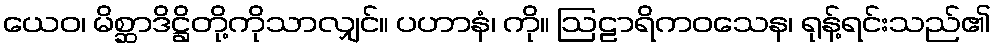
ယေဝ၊ မိစ္ဆာဒိဋ္ဌိတို့ကိုသာလျှင်။ ပဟာနံ၊ ကို။ ဩဠာရိကဝသေန၊ ရုန့်ရင်းသည်၏